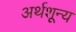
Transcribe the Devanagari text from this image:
अर्थशून्य